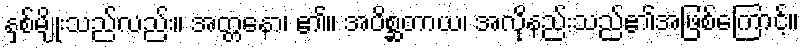
နှစ်မျိုးသည်လည်း။ အတ္တနော၊ ၏။ အပိစ္ဆတာယ၊ အလိုနည်းသည်၏အဖြစ်ကြောင့်။